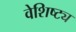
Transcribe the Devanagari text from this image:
वेशिष्ट्य